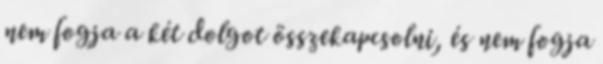
nem fogja a két dolgot összekapcsolni, és nem fogja